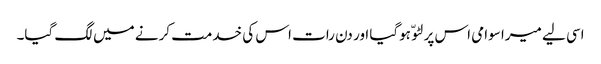
اسی لیے میرا سوامی اس پر لٹو ّ ہوگیا اور دن رات اس کی خدمت کرنے میں لگ گیا۔